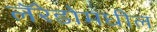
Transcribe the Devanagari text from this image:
लॅरेडोमधील